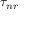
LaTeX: \tau _ { n r }